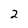
Character: 2